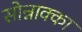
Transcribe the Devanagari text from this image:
सोन्नाक्का